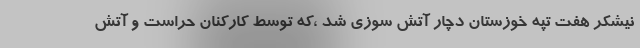
نیشکر هفت تپه خوزستان دچار آتش سوزي شد ،كه توسط کارکنان حراست و آتش